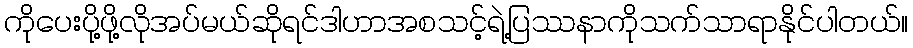
ကိုပေးပို့ဖို့လိုအပ်မယ်ဆိုရင်ဒါဟာအစသင့်ရဲ့ပြဿနာကိုသက်သာရာနိုင်ပါတယ်။